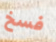
فسخ